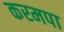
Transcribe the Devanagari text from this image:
करमपा